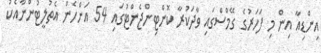
އިންޑިއާ އިން މި ފަހަރުގެ ގޭމްސްގައި ވާދަކުރާ ކޮންޓިންޖެންޓުގައި 54 އަންހެން އެތުލީޓުންނާއެކު